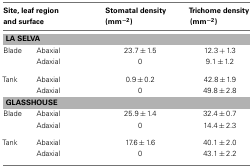
<table><thead><tr><td colspan="2"><b>Site, leaf region and surface</b></td><td><b>Stomatal density (mm<sup>−2</sup>)</b></td><td><b>Trichome density (mm<sup>−2</sup>)</b></td></tr></thead><tbody><tr><td colspan="4"><b>LA SELVA</b></td></tr><tr><td>Blade</td><td>Abaxial</td><td>23.7 ± 1.5</td><td>12.3 + 1.3</td></tr><tr><td></td><td>Adaxial</td><td>0</td><td>9.1 ± 1.2</td></tr><tr><td>Tank</td><td>Abaxial</td><td>0.9 ± 0.2</td><td>42.8 ± 1.9</td></tr><tr><td></td><td>Adaxial</td><td>0</td><td>49.8 ± 2.8</td></tr><tr><td colspan="4"><b>GLASSHOUSE</b></td></tr><tr><td>Blade</td><td>Abaxial</td><td>25.9 ± 1.4</td><td>32.4 ± 0.7</td></tr><tr><td></td><td>Adaxial</td><td>0</td><td>14.4 ± 2.3</td></tr><tr><td>Tank</td><td>Abaxial</td><td>17.6 ± 1.6</td><td>40.1 ± 2.0</td></tr><tr><td></td><td>Adaxial</td><td>0</td><td>43.1 ± 2.2</td></tr></tbody></table>